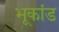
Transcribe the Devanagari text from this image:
भूकांड